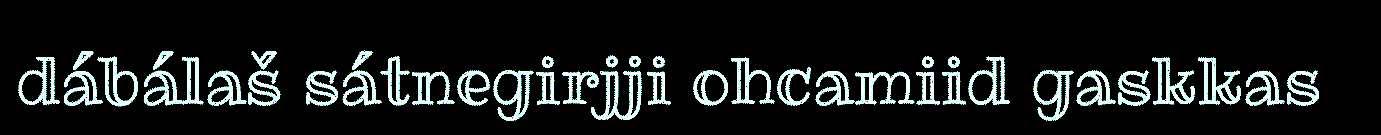
dábálaš sátnegirjji ohcamiid gaskkas